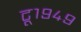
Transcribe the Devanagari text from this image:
टू१९४९